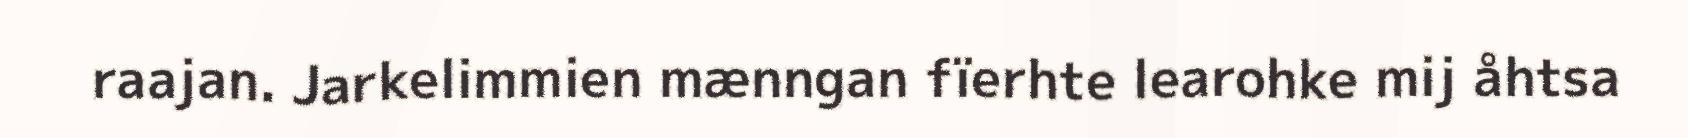
raajan. Jarkelimmien mænngan fïerhte learohke mij åhtsa